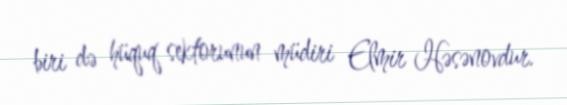
biri də hüquq sektorunun müdiri Elmir Həsənovdur.